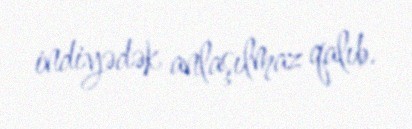
indiyədək anlaşılmaz qalıb.